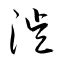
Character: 徙